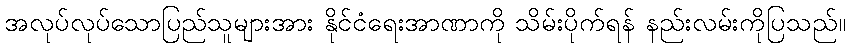
အလုပ်လုပ်သောပြည်သူများအား နိုင်ငံရေးအာဏာကို သိမ်းပိုက်ရန် နည်းလမ်းကိုပြသည်။